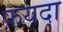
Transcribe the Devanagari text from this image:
फ़यदा